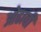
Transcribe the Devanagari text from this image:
ओढावी